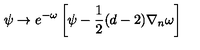
\psi \rightarrow e ^ { - \omega } \left[ \psi - \frac { 1 } { 2 } ( d - 2 ) \nabla _ { n } \omega \right]